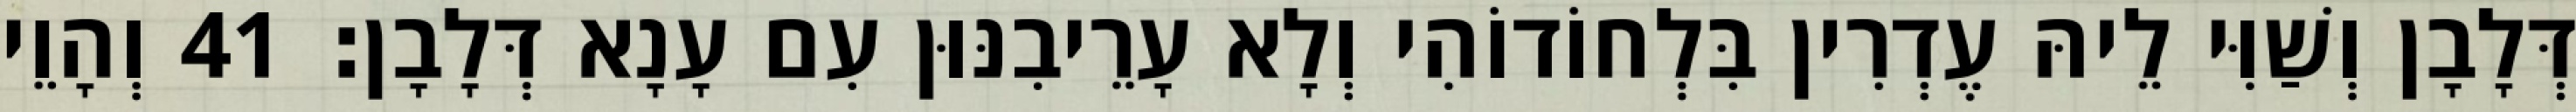
דְּלָבָן וְשַׁוִּי לֵיהּ עֶדְרִין בִּלְחוֹדוֹהִי וְלָא עָרֵיבִנּוּן עִם עָנָא דְּלָבָן׃ 41 וְהָוֵי